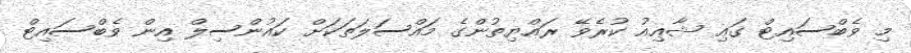
މި ވެބްސައިޓް ގައި ޝާޢިއު ކުރެވޭ ރައްޔިތުންގެ މައްސަލަތަކަށް ކައުންސިލް އިން ވެބްސައިޓް